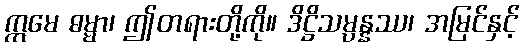
ဣမေ ဓမ္မာ၊ ဤတရားတို့ကို။ ဒိဋ္ဌိသမ္ပန္နဿ၊ အမြင်နှင့်